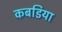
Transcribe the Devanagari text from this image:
कबडिया